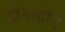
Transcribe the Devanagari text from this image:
डोनोहोए